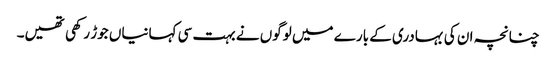
چنانچہ ان کی بہادری کے بارے میں لوگوں نے بہت سی کہانیاں جوڑ رکھی تھیں۔